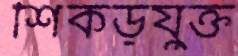
শিকড়যুক্ত